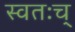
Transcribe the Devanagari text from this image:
स्वतःच्